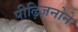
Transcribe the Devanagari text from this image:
पीढ़िजनोने